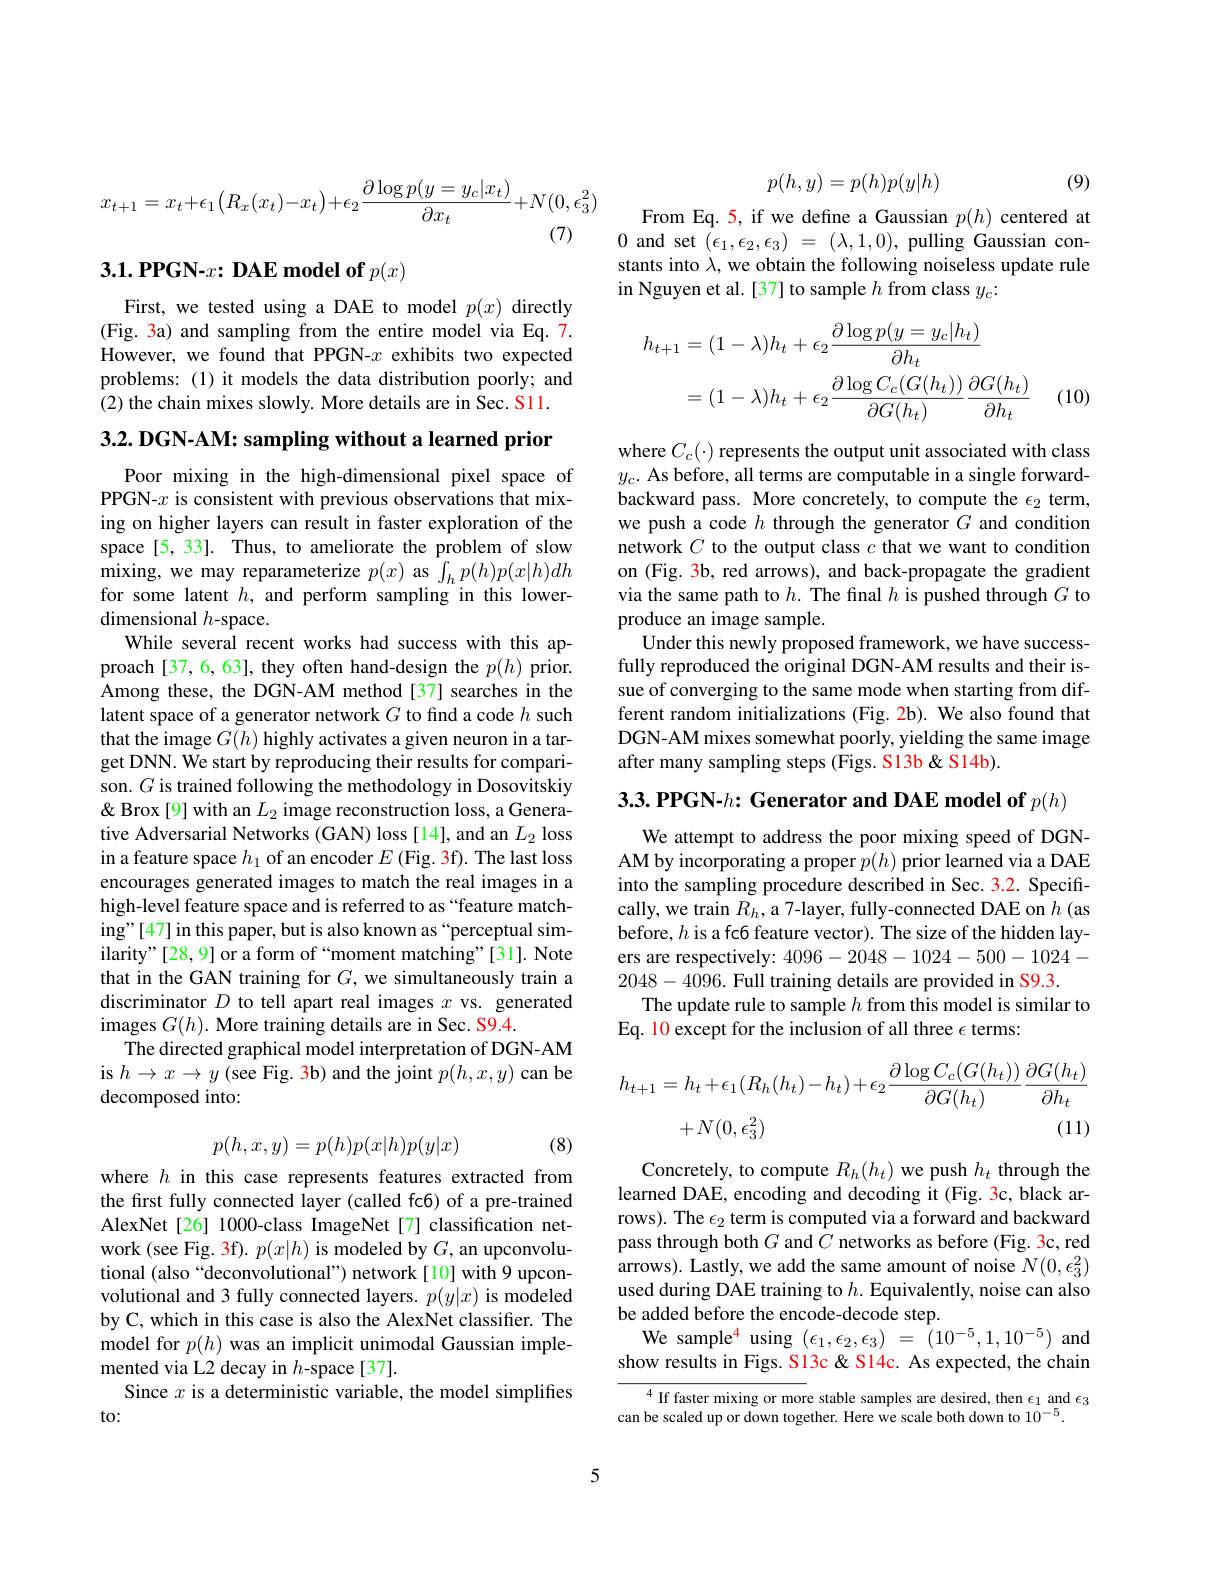
$$x_{t+1}=x_t+\epsilon_1\left(R_x(x_t)-x_t\right)+\epsilon_2\frac{\partial\log p(y=y_c|x_t)}{\partial x_t}+N(0,\epsilon_3^2)$$
# $3. 1. \textbf{PPGN- }x{: \textbf{DAE model of }p( x) }$

First, we tested using a DAE to model $p(x)$ directly (Fig. 3a) and sampling from the entire model via Eq. 7. However, we found that PPGN-$x$ exhibits two expected problems: (1) it models the data distribution poorly; and (2) the chain mixes slowly. More details are in Sec. S11.

3.2. DGN-AM: sampling without a learned prior

Poor mixing in the high-dimensional pixel space of PPGN-$x$ is consistent with previous observations that mixing on higher layers can result in faster exploration of the space[5,33]. Thus, to ameliorate the problem of slow mixing, we may reparameterize $p(x)$ as $\int_hp(h)p(x|h)dh$ for some latent $h$, and perform sampling in this lowerdimensional $h$-space.
While several recent works had success with this approach[37,6,63], they often hand-design the $p(h)$ prior. Among these, the DGN-AM method[37] searches in the latent space of a generator network $G$ to find a code $h$ such that the image $G(h)$ highly activates a given neuron in a target DNN. We start by reproducing their results for comparison. $G$ is trained following the methodology in Dosovitskiy & Brox [9] with an $L_2$ image reconstruction loss, a Generative Adversarial Networks (GAN) loss [14], and an $L_2$ loss in a feature space $h_1$ of an encoder $E$ (Fig. 3f). The last loss encourages generated images to match the real images in a high-level feature space and is referred to as “feature matching"[47] in this paper, but is also known as “perceptual similarity" [28, 9] or a form of “moment matching”[31]. Note that in the GAN training for $G$, we simultaneously train a discriminator $D$ to tell apart real images $x$ vs. generated images $G( h) . \textbf{More training details are in Sec. S9. 4. }$
The directed graphical model interpretation of DGN-AM is $h\to x\to y$ (see Fig. 3b) and the joint $p(h,x,y)$ can be decomposed into:

(8)
$$p(h,x,y)=p(h)p(x|h)p(y|x)$$
where $h$ in this case represents features extracted from the first fully connected layer (called fc6) of a pre-trained AlexNet[26] 1000-class ImageNet[7] classification network (see Fig. 3f). $p(x|h)$ is modeled by $G$, an upconvolutional (also“deconvolutional”) network[10] with 9 upconvolutional and 3 fully connected layers. $p(y|x)$ is modeled by C, which in this case is also the AlexNet classifier. The model for $p(h)$ was an implicit unimodal Gaussian implemented via L2 decay in $h$-space[37].
Since $x$ is a deterministic variable, the model simplifies
to:

5

(9)
$$p(h,y)=p(h)p(y|h)$$
From Eq.5, if we define a Gaussian $p(h)$ centered at 0 and set $(\epsilon_1,\epsilon_2,\epsilon_3)=(\lambda,1,0)$, pulling Gaussian constants into $\lambda$, we obtain the following noiseless update rule in Nguyen et al.[37] to sample $h$ from class $y_c{:}$
$$\begin{aligned}h_{t+1}&=(1-\lambda)h_{t}+\epsilon_{2}\frac{\partial\log p(y=y_{c}|h_{t})}{\partial h_{t}}\\&=(1-\lambda)h_{t}+\epsilon_{2}\frac{\partial\log C_{c}(G(h_{t}))}{\partial G(h_{t})}\frac{\partial G(h_{t})}{\partial h_{t}}\end{aligned}$$
(10)

where $C_c(\cdot)$ represents the output unit associated with class $y_c.$ As before, all terms are computable in a single forwardbackward pass. More concretely, to compute the $\epsilon_2$ term, we push a code $h$ through the generator $G$ and condition network $C$ to the output class $c$ that we want to condition on (Fig. 3b, red arrows), and back-propagate the gradient via the same path to $h.$ The final $h$ is pushed through $G$ to produce an image sample.
Under this newly proposed framework, we have successfully reproduced the original DGN-AM results and their issue of converging to the same mode when starting from different random initializations (Fig. 2b). We also found that DGN-AM mixes somewhat poorly, yielding the same image after many sampling steps (Figs. S13b& S14b).

$3. 3. \textbf{PPGN- }h{: }\textbf{Generator and DAE model of }p( h)$

We attempt to address the poor mixing speed of DGNAM by incorporating a proper $p(h)$ prior learned via a DAE into the sampling procedure described in Sec. 3.2. Specifically, we train $R_h$, a 7-layer, fully-connected DAE on $h$ (as before, $h$ is a fc6 feature vector). The size of the hidden layers are respectively: 4096-2048-1024-500-1024- 2048-4096. Full training details are provided in S9.3.
The update rule to sample $h$ from this model is similar to
Eq. 10 except for the inclusion of all three $\epsilon$ terms:
$$\begin{aligned}h_{t+1}&=h_{t}+\epsilon_{1}(R_{h}(h_{t})-h_{t})+\epsilon_{2}\frac{\partial\log C_{c}(G(h_{t}))}{\partial G(h_{t})}\frac{\partial G(h_{t})}{\partial h_{t}}\\&+N(0,\epsilon_{3}^{2})&(11)\end{aligned}$$
Concretely, to compute $R_h(h_t)$ we push $h_t$ through the learned DAE, encoding and decoding it (Fig. 3c, black arrows). The $\epsilon_2$ term is computed via a forward and backward pass through both $G$ and $C$ networks as before (Fig. 3c, red arrows). Lastly, we add the same amount of noise $N(0,\epsilon_3^2)$ used during DAE training to $h.$ Equivalently, noise can also be added before the encode-decode step.
We sample$^{4}$ using $(\epsilon_1,\epsilon_2,\epsilon_3)=$ $\hat{(}10^{-5},1,10^{-5})$ and show results in Figs. S13c& S14c. As expected, the chain

${\overline{{^4}\text{If faster mixing or mor}}}$e stable samples are desired, then $\epsilon_1$ and $\epsilon_3$
can be scaled up or down together. Here we scale both down to $10^{-5}.$